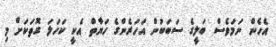
އެހެން ނަމަވެސް ބަލީގެ ސަބަބުން އަހަރެންގެ ހަޔާތް އެކީ ކަހަލަ ގޮތަކަށް މި